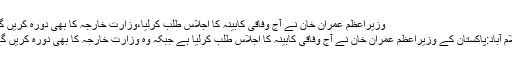
وزیراعظم عمران خان نے آج وفاقی کابینہ کا اجلاس طلب کرلیا،وزارت خارجہ کا بھی دورہ کریں گے
اسلام آباد:پاکستان کے وزیراعظم عمران خان نے آج وفاقی کابینہ کا اجلاس طلب کرلیا ہے جبکہ وہ وزارت خارجہ کا بھی دورہ کریں گے۔